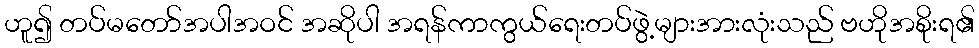
ဟူ၍ တပ်မတော်အပါအဝင် အဆိုပါ အရန်ကာကွယ်ရေးတပ်ဖွဲ့များအားလုံးသည် ဗဟိုအစိုးရ၏